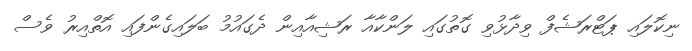
ނިކޮލައި ޕަޓްރަޝެފް ވިދާޅުވި ގޮތުގައި ލަންކާއާ ރަޝިއާއިން ދެގައުމު ބަލައިގެންފައި އޮތްއިރު ވެސް